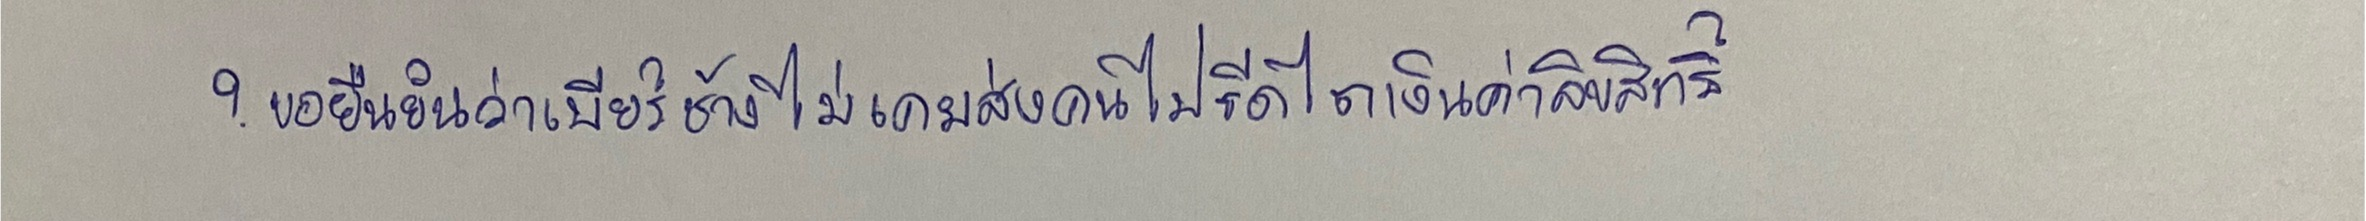
?ขอยืนยันว่าเบียร์ช้างไม่เคยส่งคนไปรีดไถเงินค่าลิขสิทธิ์